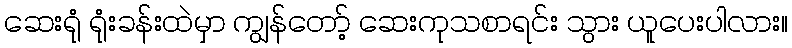
ဆေးရုံ ရုံးခန်းထဲမှာ ကျွန်တော့် ဆေးကုသစာရင်း သွား ယူပေးပါလား။